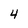
Character: 4